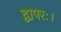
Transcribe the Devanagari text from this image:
द्वापरः।